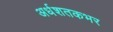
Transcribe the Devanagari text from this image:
अर्धशतकभर